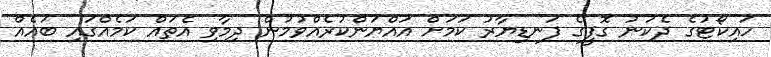
ހައިކޯޓުގެ ދެކުނު ގޮފީގެ ފަނޑިޔާރު ކަަމަށް އައްޔަންކުރެއްވުމުން ދިމާވި އެތައް ކަމެއްގައި ބައެއް